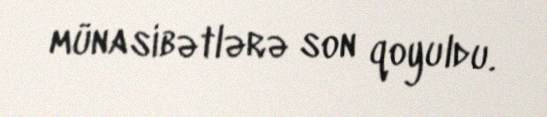
münasibətlərə son qoyuldu.